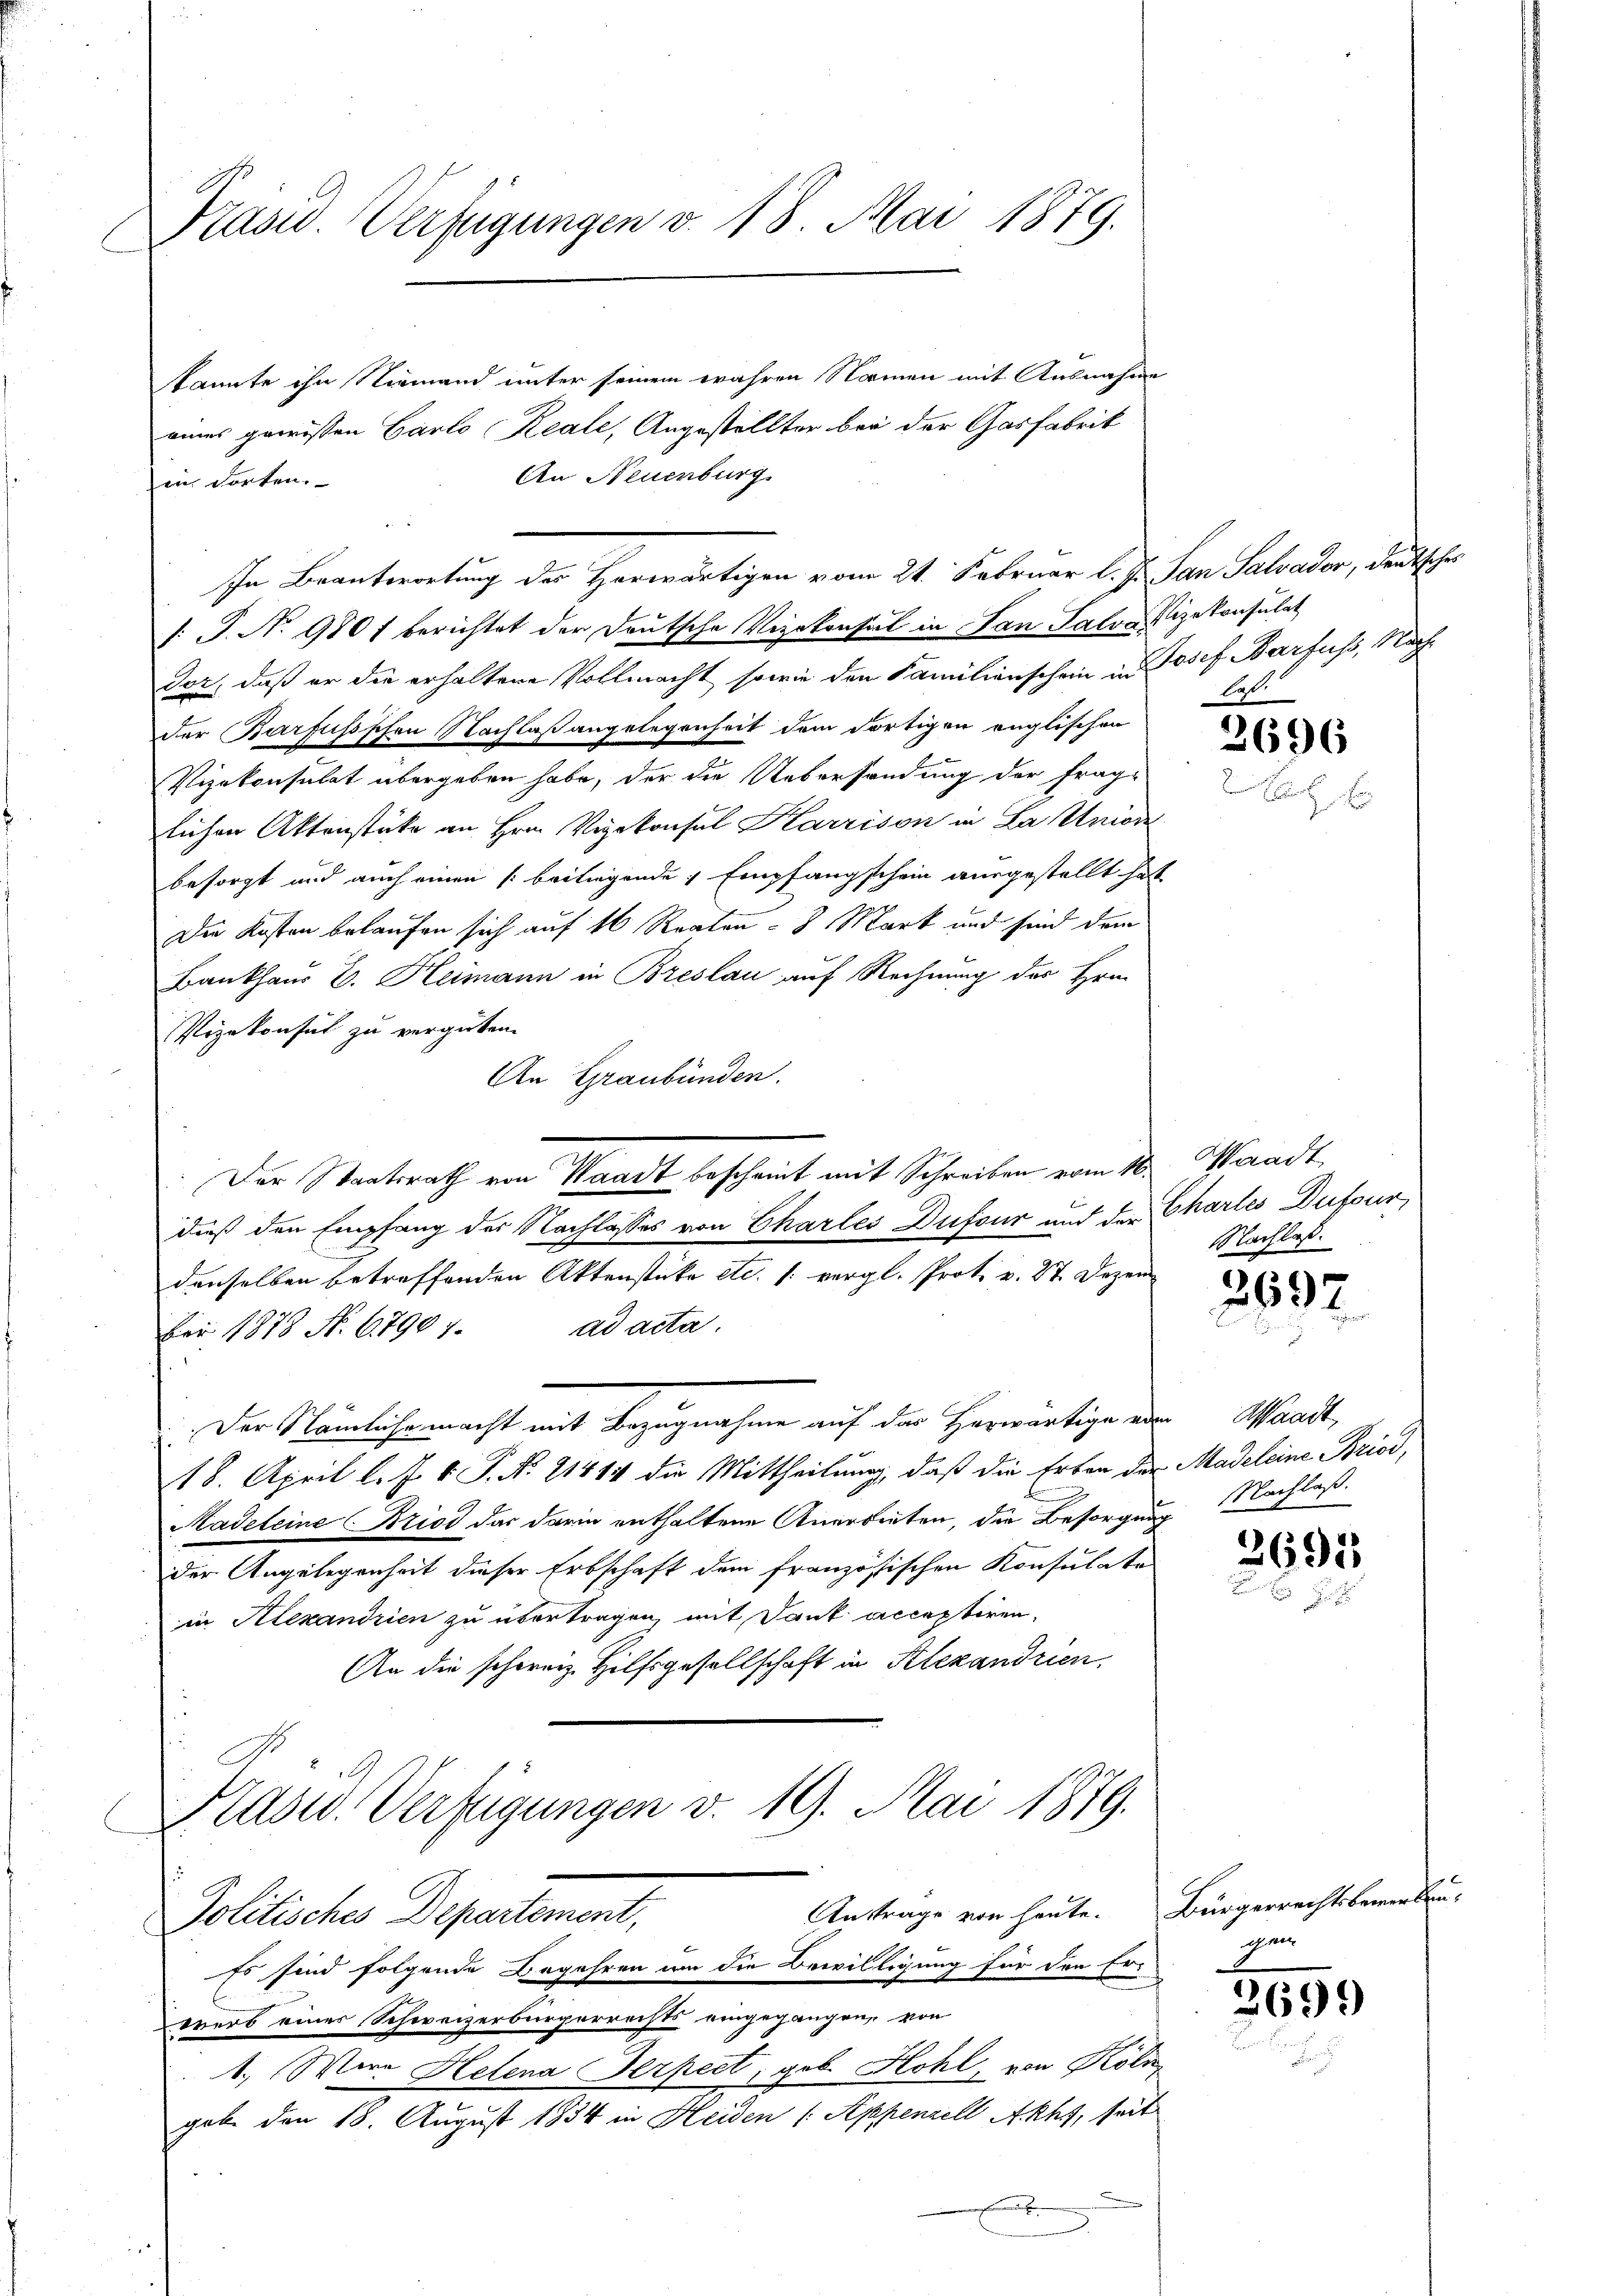
Präsid. Verfügungen v. 18. Mai 1879.

in dorten.

Politisches Departement,
Es sind folgende Begehren um die Bewilligung für den Ers
werb einer Schweizerbürgerrechts eingegangen, von

kannte ihn Niemand unter seinem wahren Namen mit Ausnahme
eines gewissen Garto Reale, Angestellter bei der Gasfabrik
An Neuenburg
: P. N. 980 f berichtet der Deutsche Vizekonsul in an Salon Vizekonsulat
der, daß er die erhaltene Vollmacht, sowie den Familienschein in Josef Barfuss, Nachder Barfüssschen Nachlaßangelegenheit dem Fortigen englischen
Vizekonsulat übergeben habe, der die Uebersandung der frag-
lichen Aktenstücke an Hrn. Vizekonsul Karrison in La Union
besorgt und auch einen (beiliegende Empfangschein ausgestellt hat
Die Kosten belaufen sich auf 16 Rraten = 8 Mark und sind dem
Bankhaus E. Heimann in Breslau auf Rechnung des Hrn.
Vizekonsul zu vergüten.
An Graubünden.
Der Staatsrath von Waadt bescheint mit Schreiben vom 16. Waadt,
dieß den Empfang der Nachlasses von Charlei Dufour und der Chartes Dufour
denselben betreffenden Aktenstücke etc. (: vergl. Prot. v. 27. Dezem
ber 1878 No. 67907. ad acta.
Der Nämlichemnacht mit Bezugnahme auf der Herwärtigen en
18. April l. Js. v. P. N. 21414 die Mittheilung, daß die Erben der Madeleine Brici,
Madeleine Brios das darin enthaltene Anerbieten, die Besorgni
der Angelegenheit dieser Erbschaft dem französischen Konsulate
in Alexandrien zu übertragen, mit Tant acceptiren,
An die schoreiz Hilfsgesellschaft in Alexandrien,
Präsid. Verfügungen v. 19. Mai 1879.

In Beantwortung des Herwärtigen vom 21. Februar l. J. San Salvator, deutsches

.

Austrage von heute. Bürgerrechtsbemerken¬
1., Wird Helena Serpeet, geb. Hohl, von Köln
gabe den 18. August 1834 in Heiden (: Appenzell Akhs, seit
e
E

2696

Nachlaß.

2697

in Waadt,
Nachlaß.
E

2693

gen

2699